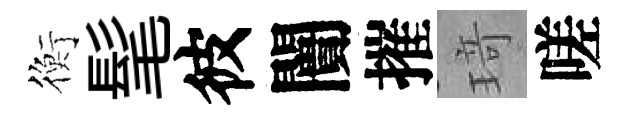
衡髦彼闠摧𤦺嗟